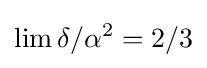
\lim \delta /\alpha ^{2}=2/3